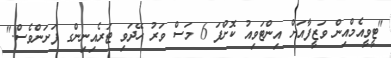
"ޓީވީއެމްއިން ވަޒީފާއަށް އިންޓަވިއު ކޮށްފަ 6 މަސް ވަރު ހޭދަވި ޓަރެއިނިންގ ފަށަންވެސް."